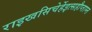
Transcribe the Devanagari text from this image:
राइखसिचेर्हेइत्सहौप्ताम्त